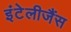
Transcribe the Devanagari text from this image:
इंटेलीजैंस